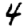
Digit: 4